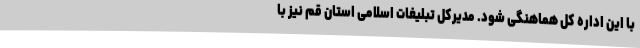
با این اداره کل هماهنگی شود. مدیرکل تبلیغات اسلامی استان قم نیز با